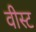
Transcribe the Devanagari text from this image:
वीस्ट